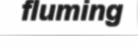
fluming